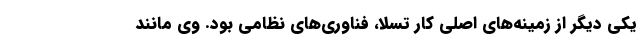
یکی دیگر از زمینه‌های اصلی کار تسلا، فناوری‌های نظامی بود. وی مانند